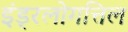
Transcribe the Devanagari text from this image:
इंड्रलोगत्तिल